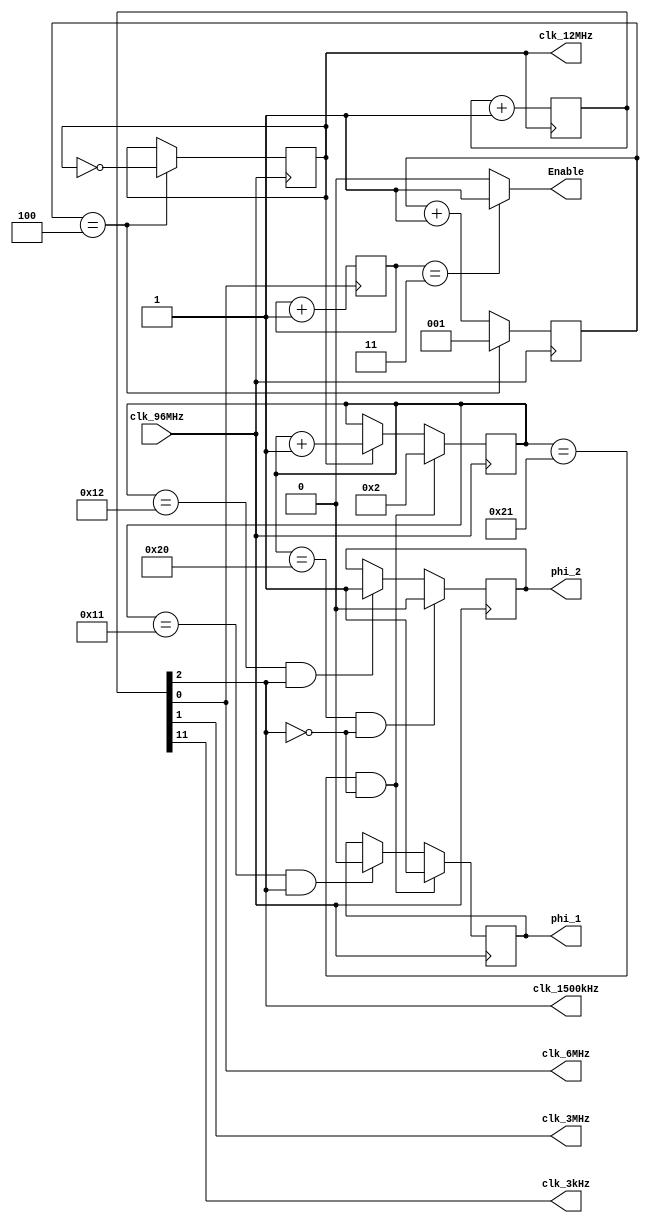
`timescale 1ns / 1ps
//////////////////////////////////////////////////////////////////////////////////
// Company: 
// Engineer: 
// 
// Design Name: 
// Module Name:    clk_gen 
// Project Name: 
// Target Devices: 
// Tool versions: 
// Description: 
//
// Dependencies: 
//
// Revision: 
// Revision 0.01 - File Created
// Additional Comments: 
//
//////////////////////////////////////////////////////////////////////////////////
module clk_gen_top(
    input clk_96MHz,
	// output reg clk_96MHz,
	 output reg clk_12MHz,
	 output reg clk_6MHz,
	 output reg clk_3MHz,
	 output reg clk_1500kHz,
	 output reg phi_1,
	 output reg phi_2,
	 output reg clk_3kHz,
	 output reg Enable
    );
	 
	initial begin
		//clk_96MHz = 0;
		clk_12MHz = 0;
		clk_6MHz = 0;
		clk_3MHz = 0;
		clk_1500kHz = 0;
		clk_3kHz = 0;
		phi_1 = 0;
		phi_2 = 0;
		Enable = 0;
		end
	
//	wire clk_96MHz_wire;
	wire clock;
	reg [2:0] clk_div = 0;	// Counter used to divide input clock signal
	reg [11:0] counter = 0;
	reg [7:0] phi_counter = 0;
	reg [1:0] enable_counter = 0;
/* AJS
	 dcm clk32_to_clk96(
		 clk_32MHz, 
		 clk_96MHz_wire, 
		 , 
		 clock
     );
*/	 
//	  always @(clk_96MHz_wire) begin
//		 clk_96MHz = clk_96MHz_wire;
//		 end

	
	/* 	Clock Divider 96 MHz --> 12 MHz  */
	always @(posedge clk_96MHz) begin			
		if (clk_div == 4) begin			//Divisor = 2*(Sensitivity List #)	
			clk_12MHz <= ~clk_12MHz;			
			clk_div <= 1;				
			end
		else begin								
			clk_div <= clk_div + 1;	
			end
		end

	always @(posedge clk_12MHz) begin
		counter <= counter + 1;			// Each counter bit represents a clock
												// division of 2 if the counter increases
												// every period of the input signal 
		end
	
	always @(counter) begin
		clk_6MHz <= counter[0];			
		clk_3MHz <= counter[1];			
		clk_1500kHz <= counter[2];
		clk_3kHz <= counter[11];
		end


//
	/* 	Phi 1 and Phi 2 Generation 	 	
		t_phi_1_h = 333.312 ns, 
		t_phi_2_h = 312.480 ns 
	 	t_1- = 20.832 ns, 
		t_2+ = 31.248 ns, 
		t_1+ = 20.832 ns, 
		t_2- = 10.416 ns */
		
	always @(posedge clk_96MHz) begin
		if (clk_12MHz) begin
			phi_counter <= phi_counter + 1;
			end
		if ((phi_counter == 17)&&(clk_1500kHz)) begin
			phi_1 <= 0;
			end
		if ((phi_counter == 18)&&(clk_1500kHz)) begin
			phi_2 <= 1;
			end
		if ((phi_counter == 32)&&(~clk_1500kHz)) begin
			phi_2 <= 0;
			end
		if ((phi_counter == 33)&&(~clk_1500kHz)) begin
			phi_1 <= 1;
			phi_counter <= 2;
			end
		end
		
	always @(posedge clk_6MHz) begin
		enable_counter = enable_counter +1;
		end
	
	always @(enable_counter) begin
		if (enable_counter == 3) begin
			Enable = 1;
			end
		else begin
			Enable = 0;
			end
		end
		
endmodule